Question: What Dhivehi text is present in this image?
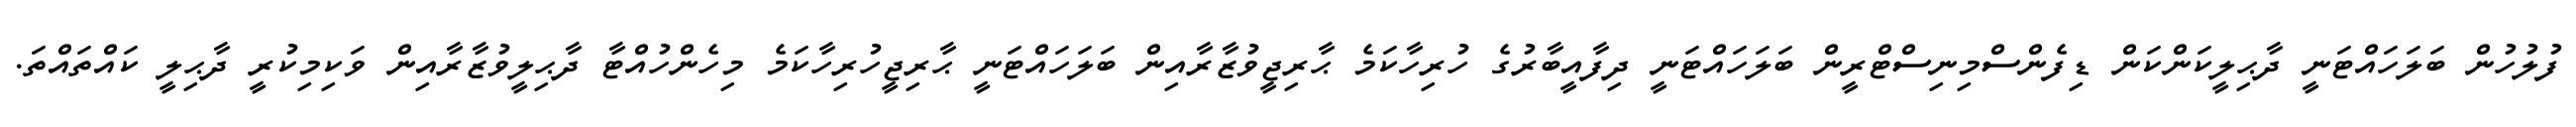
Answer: ފުލުހުން ބަލަހައްޓަނީ ދާޙިލީކަންކަން ޑިފެންސްމިނިސްޓްރީން ބަލަހައްޓަނީ ދިފާއީބާރުގެ ހުރިހާކަމެ ޙާރިޖީވުޒާރާއިން ބަލަހައްޓަނީ ޙާރިޖީހުރިހާކަމެ މިހެންހުއްޓާ ދާޙިލީވުޒާރާއިން ވަކިމިކުރީ ދާޙިލީ ކައްތައްތަ.